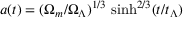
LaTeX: a ( t ) = ( \Omega _ { m } / \Omega _ { \Lambda } ) ^ { 1 / 3 } \, \sinh ^ { 2 / 3 } ( t / t _ { \Lambda } )